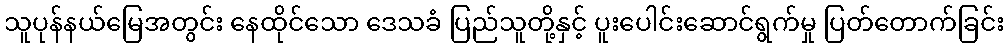
သူပုန်နယ်မြေအတွင်း နေထိုင်သော ဒေသခံ ပြည်သူတို့နှင့် ပူးပေါင်းဆောင်ရွက်မှု ပြတ်တောက်ခြင်း